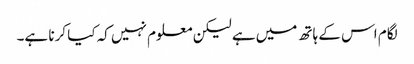
لگام اس کے ہاتھ میں ہے لیکن معلوم نہیں کہ کیا کرنا ہے۔